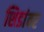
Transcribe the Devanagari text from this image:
शिडांवर